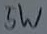
Text: 5W